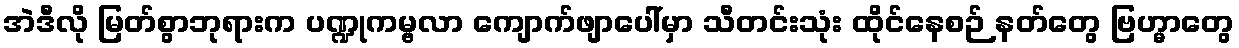
အဲဒီလို မြတ်စွာဘုရားက ပဏ္ဍုကမ္ဗလာ ကျောက်ဖျာပေါ်မှာ သီတင်းသုံး ထိုင်နေစဉ် နတ်တွေ ဗြဟ္မာတွေ